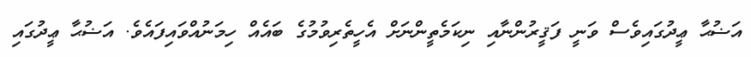
އަޟުޙާ ޢީދުގައިވެސް ވަނީ ފަޤީރުންނާއި ނިކަމެތީންނަށް އެހީތެރިވުމުގެ ބައެއް ހިމަނުއްވައިފައެވެ. އަޟުޙާ ޢީދުގައި